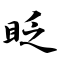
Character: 眨